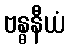
ဗန္ဓနီယံ